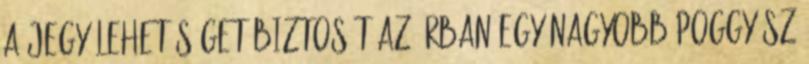
a jegy lehetőséget biztosít az árban egy nagyobb poggyász